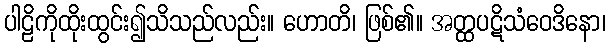
ပါဠိကိုထိုးထွင်း၍သိသည်လည်း။ ဟောတိ၊ ဖြစ်၏။ အတ္ထပဋိသံဝေဒိနော၊